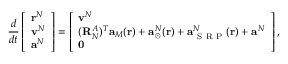
\frac { d } { d t } \left[ \begin{array} { l } { \mathbf { r } ^ { N } } \\ { \mathbf { v } ^ { N } } \\ { \mathbf { a } ^ { N } } \end{array} \right] = \left[ \begin{array} { l } { \mathbf { v } ^ { N } } \\ { ( \mathbf { R } _ { N } ^ { A } ) ^ { T } \mathbf { a } _ { M } ( \mathbf { r } ) + \mathbf { a } _ { \odot } ^ { N } ( \mathbf { r } ) + \mathbf { a } _ { \mathrm { ~ S ~ R ~ P ~ } } ^ { N } ( \mathbf { r } ) + \mathbf { a } ^ { N } } \\ { \mathbf { 0 } } \end{array} \right] ,